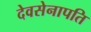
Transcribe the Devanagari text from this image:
देवसेनापति